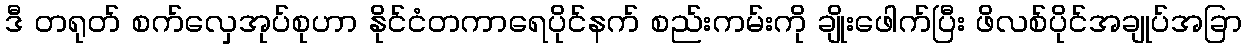
ဒီ တရုတ် စက်လှေအုပ်စုဟာ နိုင်ငံတကာရေပိုင်နက် စည်းကမ်းကို ချိုးဖေါက်ပြီး ဖိလစ်ပိုင်အချုပ်အခြာ